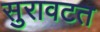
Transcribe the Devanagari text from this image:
सुरावटत